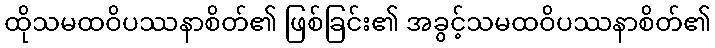
ထိုသမထဝိပဿနာစိတ်၏ ဖြစ်ခြင်း၏ အခွင့်သမထဝိပဿနာစိတ်၏